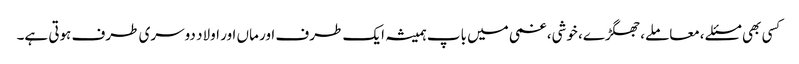
کسی بھی مسئلے ،معاملے، جھگڑے، خوشی، غمی میں باپ ہمیشہ ایک طرف اور ماں اور اولاد دوسری طرف ہوتی ہے۔